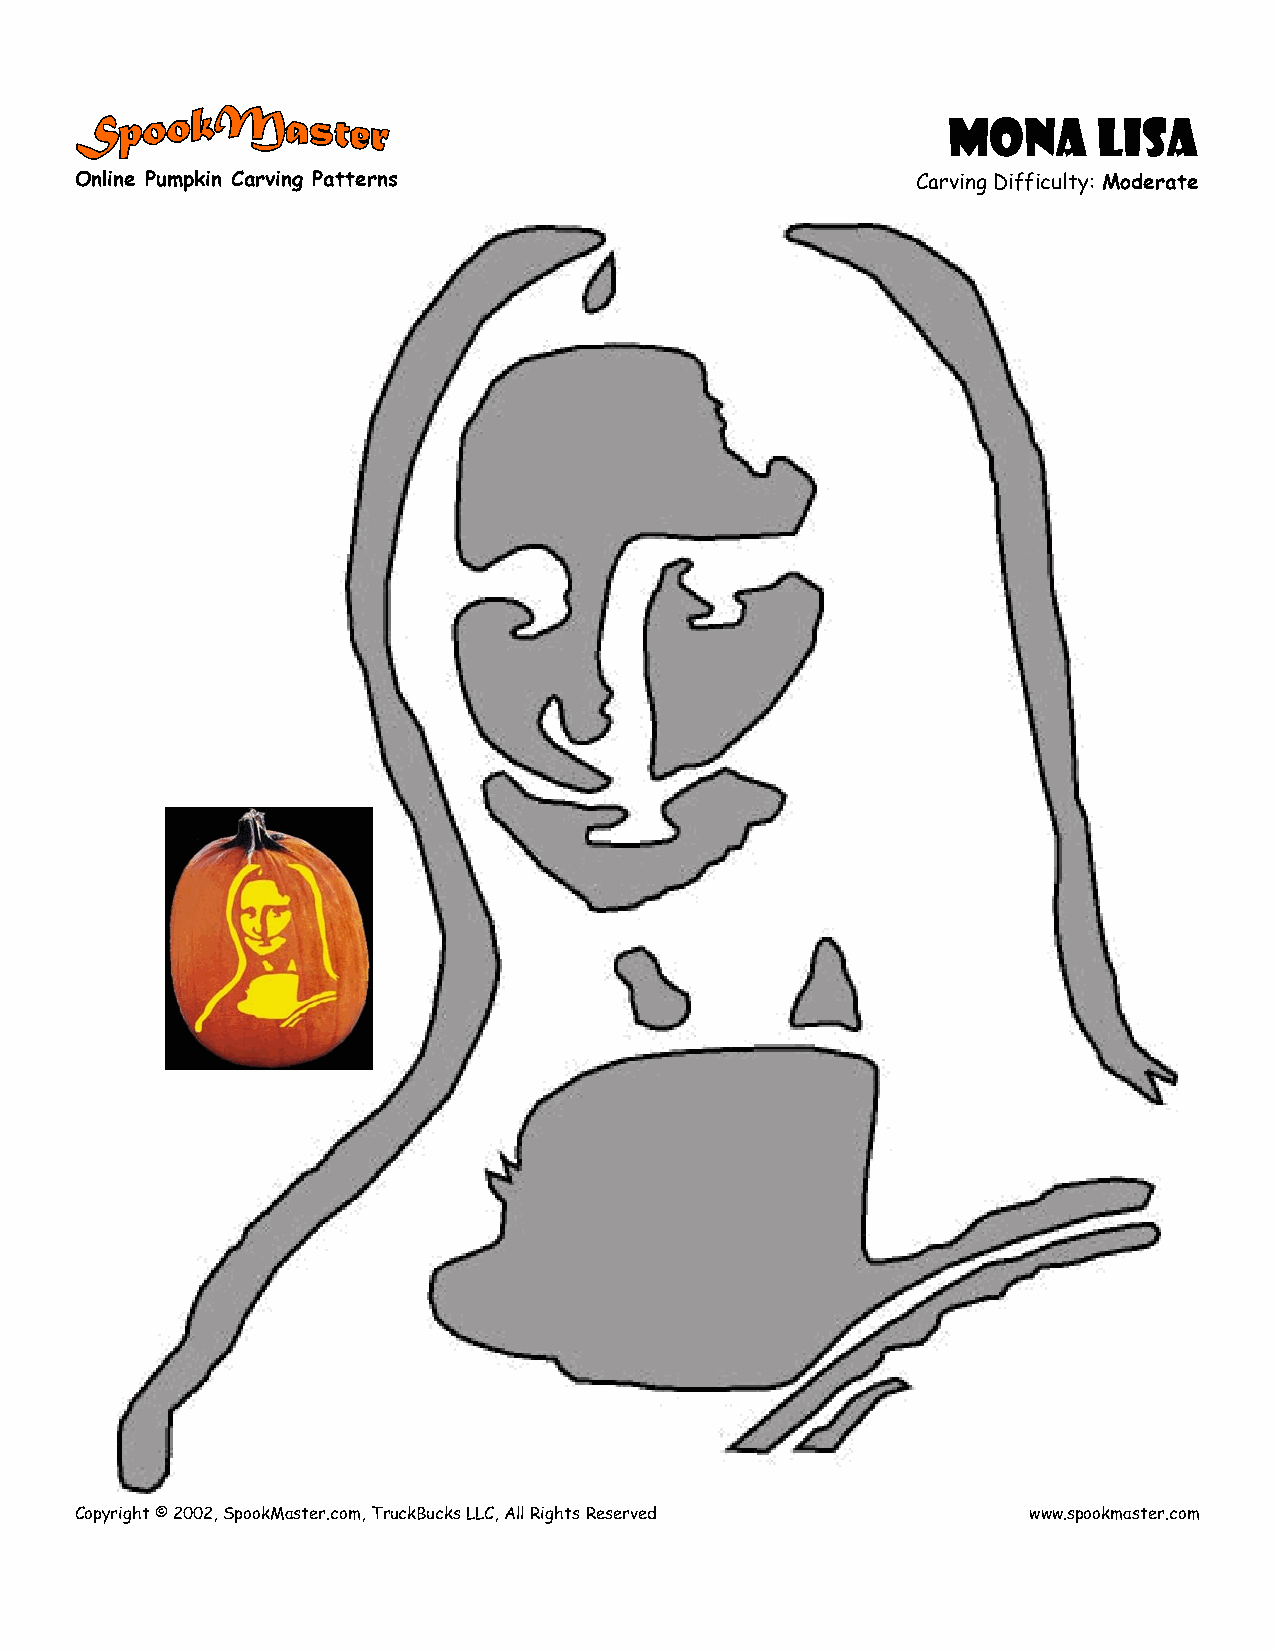
Mona      Lisa
 Online Pumpkin Carving Patterns                         Carving Difficulty: Moderate
 Copyright © 2002, SpookMaster.com, TruckBucks LLC, All Rights Reserved www.spookmaster.com